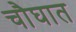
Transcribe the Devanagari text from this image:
चौघात